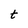
Character: t